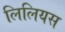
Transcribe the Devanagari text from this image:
लिलियस